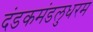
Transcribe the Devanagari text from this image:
दंडकमंडलुधरम